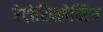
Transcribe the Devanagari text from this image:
रेट्रोरिफ्लेक्टिव